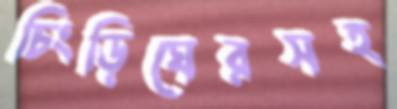
চিংড়িঘেরসহ